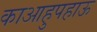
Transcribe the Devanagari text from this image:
काआहुपहाऊ